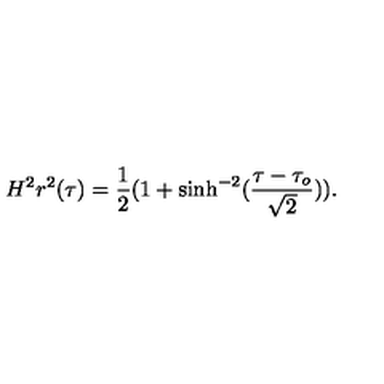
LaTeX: H ^ { 2 } r ^ { 2 } ( \tau ) = \frac { 1 } { 2 } ( 1 + \sinh ^ { - 2 } ( \frac { \tau - \tau _ { o } } { \sqrt { 2 } } ) ) .